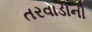
તરવાડીની